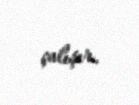
çalışır.